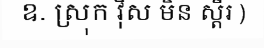
ឧ. ស្រុក វ៉ិស មិន ស្តឺរ )